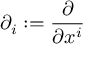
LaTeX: \partial _ { i } : = { \frac { \partial } { \partial x ^ { i } } }